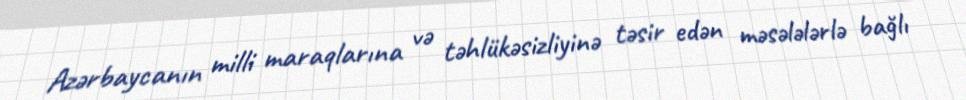
Azərbaycanın milli maraqlarına və təhlükəsizliyinə təsir edən məsələlərlə bağlı